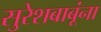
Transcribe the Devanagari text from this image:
सुरेशबाबूंना